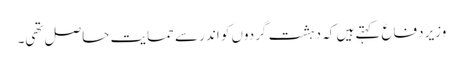
وزیر دفاع کہتے ہیں کہ دہشت گردوں کو اندر سے حمایت حاصل تھی۔